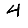
Digit: 4